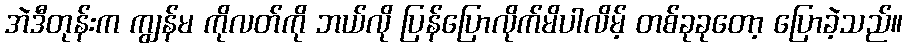
အဲဒီတုန်းက ကျွန်မ ကိုလတ်ကို ဘယ်လို ပြန်ပြောလိုက်မိပါလိမ့် တစ်ခုခုတော့ ပြောခဲ့သည်။